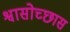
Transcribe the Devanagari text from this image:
श्वासोच्छास